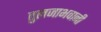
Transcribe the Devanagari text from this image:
तुलजाभवानी